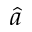
\hat { a }